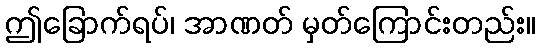
ဤခြောက်ရပ်၊ အာဏတ် မှတ်ကြောင်းတည်း။